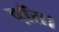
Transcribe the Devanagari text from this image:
दाँत।